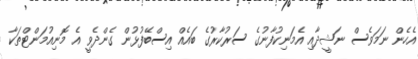
އެހެން ނަމަވެސް ނަޝީދާއި އެމަނިކުފާނުގެ ސަރުކާރުގެ ބައެއް އިސްބޭފުޅުން ގެންދެވީ އެ މޮނިއުމަންޓްތަކާ